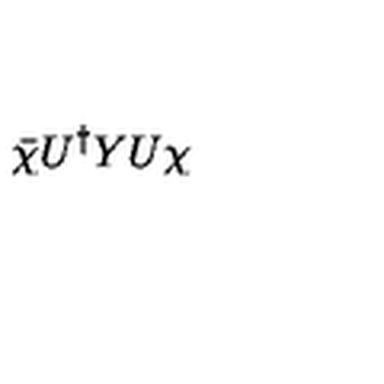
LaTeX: \bar { \chi } U ^ { \dag } Y U \chi